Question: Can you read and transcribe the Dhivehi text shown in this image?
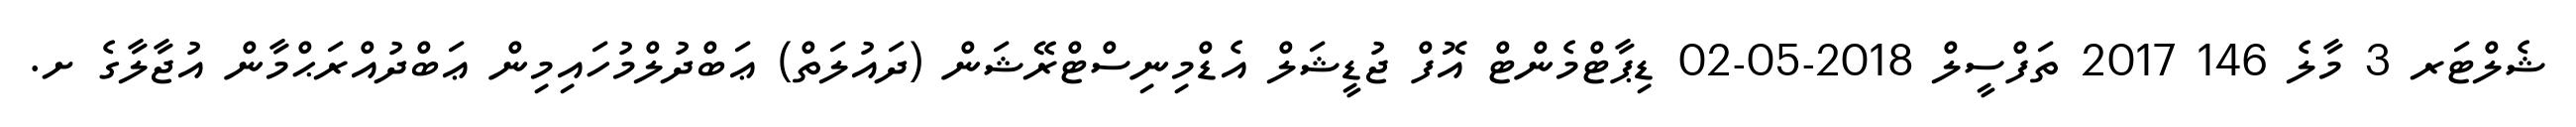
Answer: ޝެލްޓަރ 3 މާލެ 146 2017 ތަފްސީލް 2018-05-02 ޑިޕާޓްމެންޓް އޮފް ޖުޑީޝަލް އެޑްމިނިސްޓްރޭޝަން (ދައުލަތް) ޢަބްދުލްމުހައިމިން ޢަބްދުއްރަޙްމާން އުޖާލާގެ ށ.